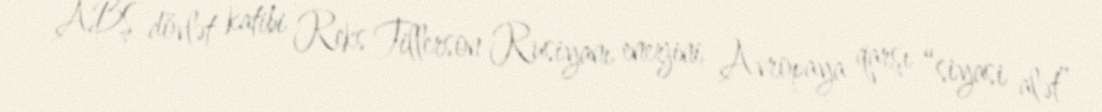
ABŞ dövlət katibi Reks Tillerson Rusiyanı enerjini Avropaya qarşı “siyasi alət”